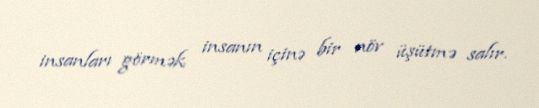
insanları görmək insanın içinə bir növ üşütmə salır.